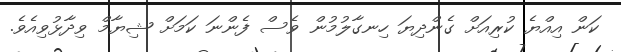
ކަން އިއްޔެ ކުރިއަށް ގެންދިޔަ ހިނގާލުމުން ވެސް ފެންނަ ކަމަށް ޝިޔާމް ވިދާޅުވިއެވެ.